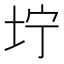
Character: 坾